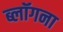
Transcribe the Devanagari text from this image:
ब्लॉगना